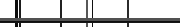
٧٧